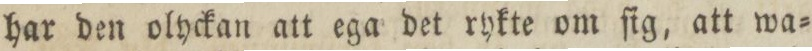
har den olyckan att ega det rykte om ſig, att wa=